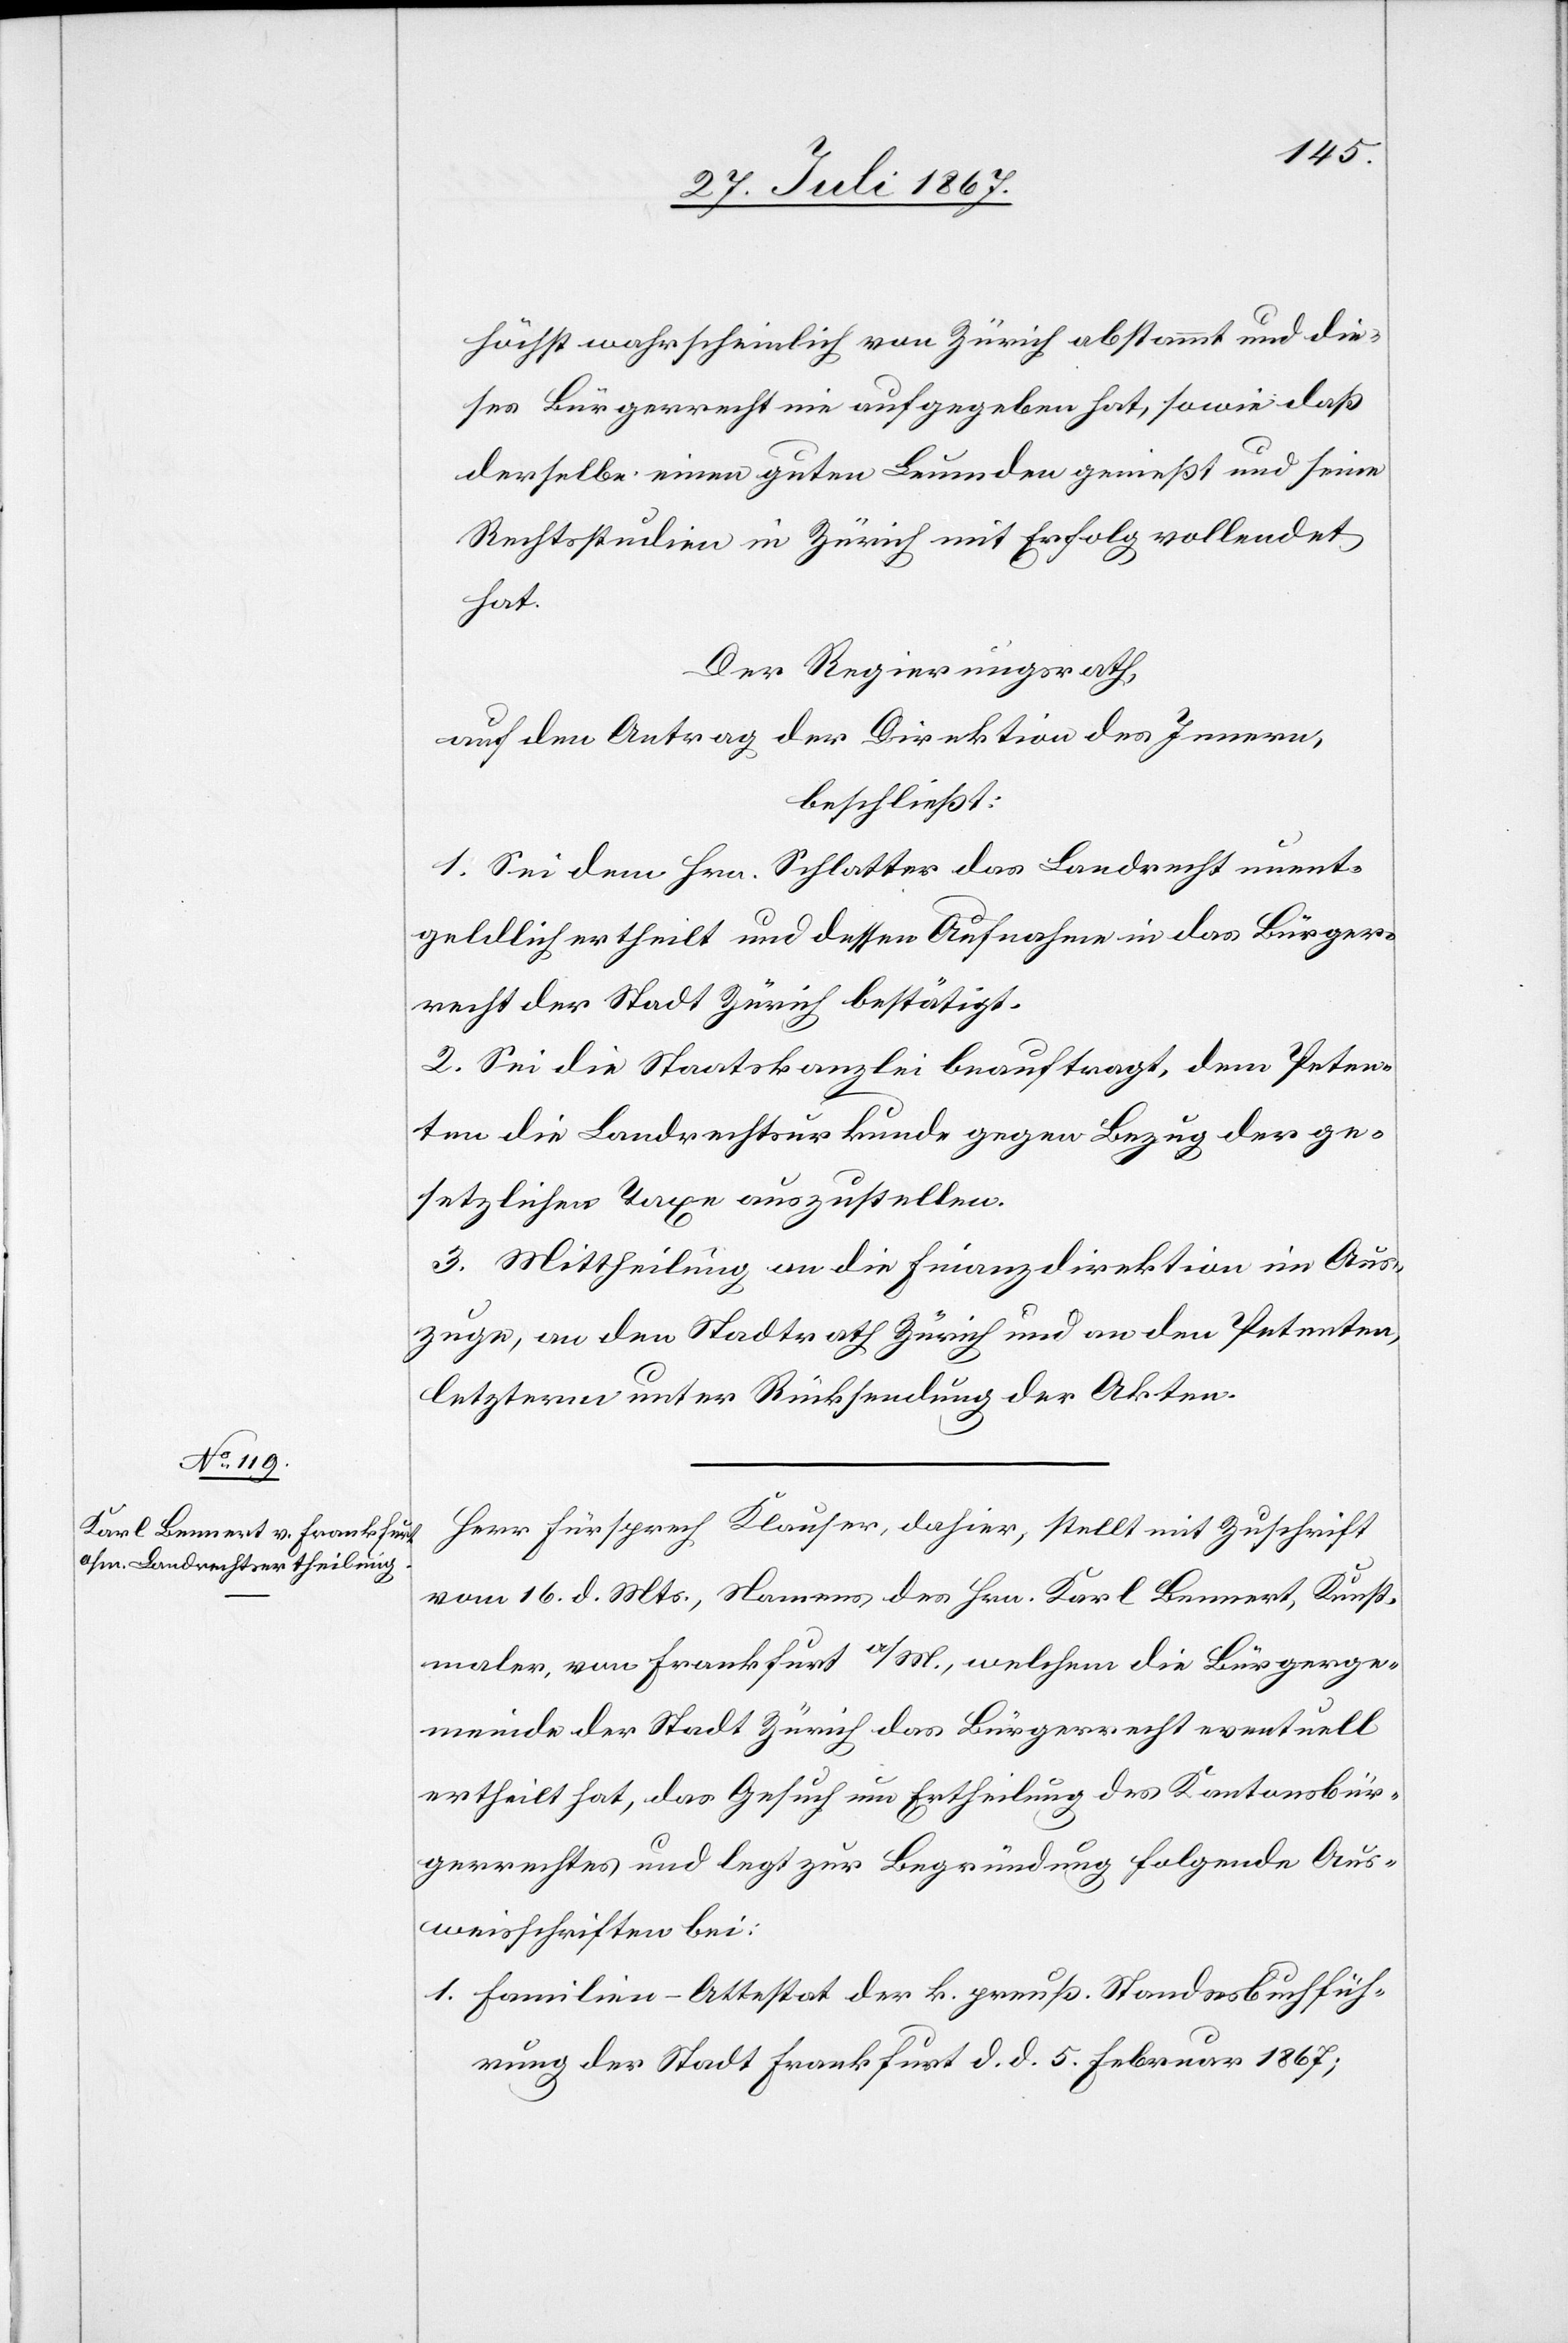
höchst wahrscheinlich von Zürich abstammt und die¬
ses Bürgerrecht nie aufgegeben hat, sowie daß
derselbe einen guten Leumden genießt und seine
Rechtsstudien in Zürich mit Erfolg vollendet
hat.
Der Regierungsrath,
beschließt:
1. Sei dem Hrn. Schlatter das Landrecht unent¬
geldlich ertheilt und dessen Aufnahme in das Bürger¬
recht der Stadt Zürich bestätigt.
2. Sei die Staatskanzlei beauftragt, dem Peten¬
ten die Landrechtsurkunde gegen Bezug der ge¬
setzlichen Taxe auszustellen.
3. Mittheilung an die Finanzdirektion im Aus¬
zuge, an den Stadtrath Zürich und an den Petenten,
letztern unter Rücksendung der Akten.
Herr Fürsprech Klauser, dahier, stellt mit Zuschrift
vom 16. d. Mts., Namens des Hrn. Karl Lennert, Kunst¬
maler, von Frankfurt a/M., welchem die Bürgerge¬
meinde der Stadt Zürich das Bürgerrecht eventuell
ertheilt hat, das Gesuch um Ertheilung des Kantonsbür¬
gerrechtes und legt zur Begründung folgende Aus¬
weisschriften bei:
1. Familien-Attestat der k. preuß. Standesbuchfüh¬
rung der Stadt Frankfurt d. d. 5. Februar 1867;